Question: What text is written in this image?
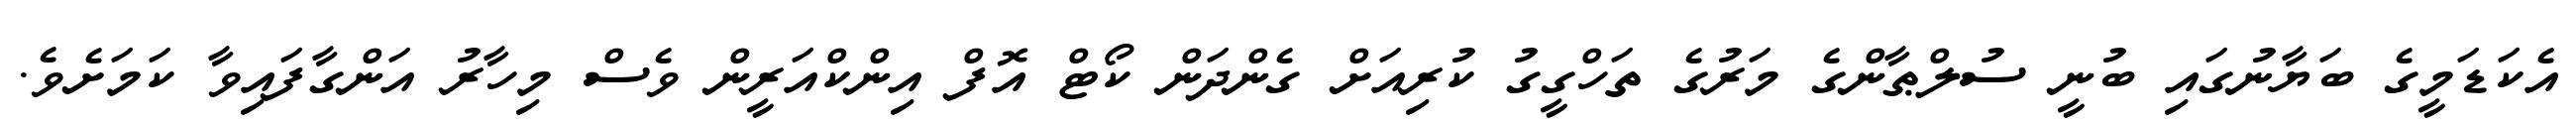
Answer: އެކަޑަމީގެ ބަޔާނުގައި ބުނީ ސުލްޠާންގެ މަރުގެ ތަހްގީގު ކުރިއަށް ގެންދަން ކޯޓް އޮފް އިންކްއަރީން ވެސް މިހާރު އަންގާފައިވާ ކަމަށެވެ.